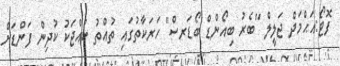
ފޮޓޯ:އަޙްމަދް ޖަލީލް "ބެރު ބިއޯންޑް ބޯޑަރސް" ހަރަކާތުގައި ތުއްތު ކުއްޖަކު ކުދިން ފަންޑަށް